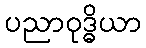
ပညာဝုဒ္ဓိယာ